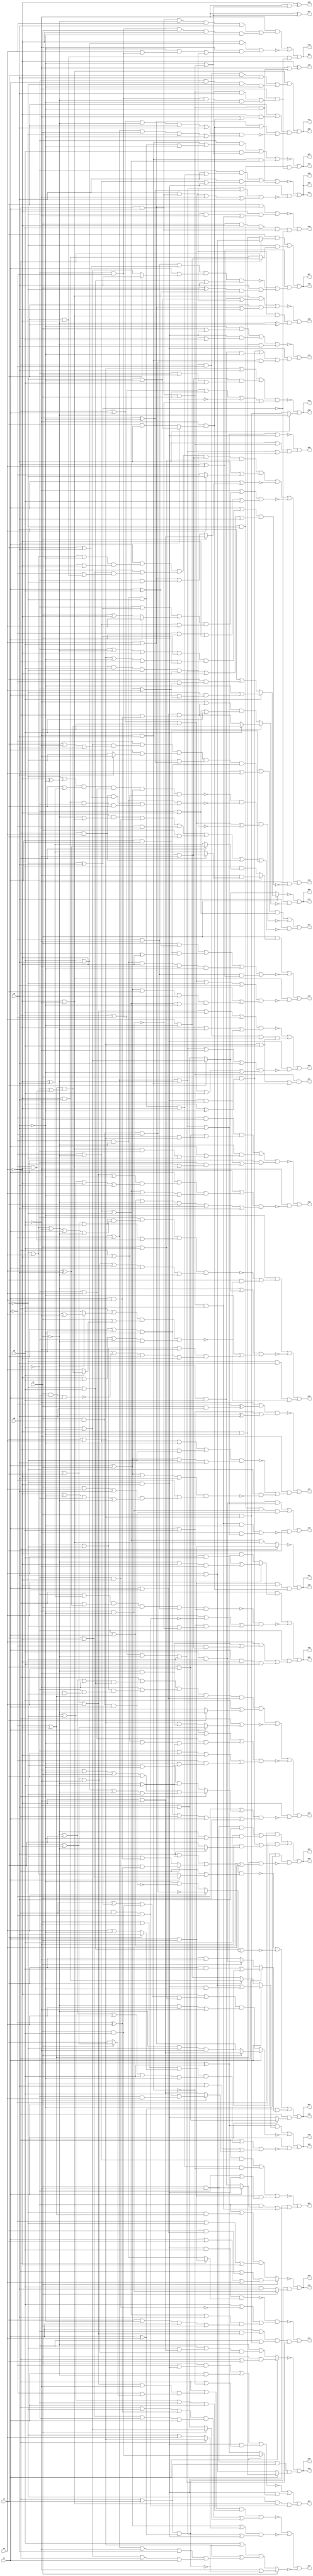
// Benchmark "q_6" written by ABC on Sat Feb 25 03:20:15 2023

module q_6 ( 
    x0, x1, x2, x3, x4, x5, x6,
    z00, z01, z02, z03, z04, z05, z06, z07, z08, z09, z10, z11, z12, z13,
    z14, z15, z16, z17, z18, z19, z20, z21, z22, z23, z24, z25, z26, z27,
    z28, z29, z30, z31, z32, z33, z34, z35, z36, z37, z38, z39, z40, z41,
    z42, z43, z44, z45, z46, z47, z48, z49  );
  input  x0, x1, x2, x3, x4, x5, x6;
  output z00, z01, z02, z03, z04, z05, z06, z07, z08, z09, z10, z11, z12, z13,
    z14, z15, z16, z17, z18, z19, z20, z21, z22, z23, z24, z25, z26, z27,
    z28, z29, z30, z31, z32, z33, z34, z35, z36, z37, z38, z39, z40, z41,
    z42, z43, z44, z45, z46, z47, z48, z49;
  wire n59, n60, n62, n63, n65, n66, n68, n69, n71, n72, n73, n74, n75, n76,
    n77, n79, n80, n81, n82, n84, n85, n86, n88, n89, n91, n92, n93, n94,
    n96, n98, n99, n100, n102, n103, n105, n106, n107, n109, n111, n112,
    n114, n115, n116, n117, n119, n120, n122, n123, n124, n125, n126, n127,
    n129, n130, n131, n132, n134, n135, n136, n137, n139, n140, n141, n142,
    n144, n145, n146, n147, n148, n149, n151, n152, n153, n154, n156, n157,
    n158, n160, n162, n166, n168, n170, n171, n173, n174, n175, n177, n180,
    n181;
  assign z00 = n60 & x2 & (x3 | x4 | x5 | n59);
  assign n59 = ~x5 & x6;
  assign n60 = x0 & x1;
  assign z01 = ~n63 | (x1 & x2 & ~x4 & n62);
  assign n62 = ~x5 & (x0 ? (~x3 & ~x6) : (x3 & x6));
  assign n63 = x0 ? (x1 & x2) : (~x1 | ~x2 | ~x3 | (~x4 & ~x5));
  assign z02 = ~n66 | (n65 & (x1 ? (~x4 & ~x6) : (x4 & x6)));
  assign n65 = x2 & ~x5 & (x0 ^ x3);
  assign n66 = x1 ? (x2 & (x0 | x3)) : (~x2 | ((~x0 | (~x3 & (~x4 | ~x5))) & (~x3 | ~x4 | ~x5)));
  assign z03 = ~n69 | (n68 & (x2 ? (~x5 & ~x6) : (x5 & x6)));
  assign n68 = (x0 ^ x3) & (x1 ^ x4);
  assign n69 = x2 ? ((x0 | (x3 & (x1 | x4))) & (x1 | x3 | x4)) : ((~x0 | (~x3 & (~x1 | ~x4))) & (~x1 | ~x3 | ~x4));
  assign z04 = ~n76 | ~n73 | n71 | n72;
  assign n71 = (x1 ^ x4) & (x0 ? ((x3 & x5) | (~x2 & ~x3 & ~x5)) : (x2 ? (~x3 & x5) : (x3 & ~x5)));
  assign n72 = x0 & (x1 ? (x3 & x4) : (~x3 & ~x4));
  assign n73 = ~x3 | x5 | (x4 ? ~n74 : (~x6 | ~n75));
  assign n74 = x2 & x0 & ~x1;
  assign n75 = x2 & x0 & x1;
  assign n76 = (x6 | n77 | (x0 ? (x3 | (~x1 ^ x4)) : (~x3 | (x1 & x4)))) & (x0 | (x1 ? (x3 | ~x4) : (~x3 | x4)));
  assign n77 = ~x2 ^ x5;
  assign z05 = n80 | ~n81 | (x1 & ~n79);
  assign n79 = (x0 | ((x2 | ~x5 | (x3 ? x6 : (x4 | ~x6))) & (~x2 | x3 | x4 | x5 | ~x6))) & (~x3 | x6 | (x2 ? (x5 | (~x0 & x4)) : (~x4 | ~x5)));
  assign n80 = (x2 ^ x5) & (x1 ? ((x4 & x6) | (~x3 & ~x4 & ~x6)) : (x3 ? (~x4 & x6) : (x4 & ~x6)));
  assign n81 = x1 ? (x2 ? (~x4 | ~x5) : (x4 | x5)) : ((~x4 | ((x0 | n82 | (x2 & x5)) & (x2 | x5))) & (~x2 | x4 | ~x5));
  assign n82 = ~x3 ^ x6;
  assign z06 = ~n85 | (~n82 & ~n84);
  assign n84 = x2 ? (x5 ? ((~x1 | ~x4) & (~x0 | (~x1 & ~x4))) : ((x1 | x4) & (x0 | (x1 & x4)))) : ((~x5 | ((x1 | x4) & (x0 | (x1 & x4)))) & (~x0 | ~x4 | x5));
  assign n85 = x2 ? (x5 ? (~x6 | (~x3 & (x1 | n86))) : (x6 | (x3 & (~x1 | n86)))) : (x3 ? (x5 | ~x6) : (~x5 | x6));
  assign n86 = ~x0 ^ x4;
  assign z07 = (x3 & (x0 ? (x4 & x6) : (~x4 & ~x6))) | (~x3 & (x0 ? (x4 & ~x6) : (~x4 & x6))) | ((x0 ^ x4) & (~n88 | (x6 & n89)));
  assign n88 = (~x1 | ~x5 | (x3 ^ x6)) & (x1 | (x3 ? x6 : (x5 | ~x6))) & (~x3 | x5 | x6);
  assign n89 = (x2 ^ ~x3) & (x1 ^ x5);
  assign z08 = (x0 & (x1 ? ((x4 & x5) | (~x2 & ~x4 & ~x5)) : (~x4 & (x2 ^ x5)))) | ~n91 | (~x0 & ((x4 & ((~x2 & ~x5) | (~x1 & (~x2 | ~x5)))) | (x1 & ~x4 & x5)));
  assign n91 = ~n93 & (x4 | ~n94 | (~n59 & (~x3 | ~n92)));
  assign n92 = ~x5 & ~x6;
  assign n93 = (~x0 | (~x4 ^ x6)) & (x0 | (x4 ^ x6)) & x2 & (~x1 | ~x5) & (x1 | x5);
  assign n94 = ~x2 & x0 & ~x1;
  assign z09 = (~x1 & ((x2 & ~x5 & x6) | (x5 & (~x2 | ~x6)))) | (x1 & ((x2 & (x5 ^ ~x6)) | (~x5 & (x6 ? ~x2 : x3)))) | (~x2 & ~x3 & ~x5 & ~x6 & ~n96);
  assign n96 = (~x1 | ~x4) & (~x0 | x1 | x4);
  assign z10 = ~n98 | (x6 ? ~x2 : (x2 & (x3 | x4)));
  assign n98 = n100 & (x0 | ~x1 | x2 | ~n99 | ~n92);
  assign n99 = ~x3 & ~x4;
  assign n100 = x3 | x4 | x6 | ((~x2 | ~x5) & (~x0 | x2 | x5));
  assign z11 = n103 | ((x3 | (~x4 & (~x5 | n62))) & (x4 | x5 | n62 | ~n102));
  assign n102 = (x0 | x1 | ~x2 | x3 | x6) & (~x0 | ~x1 | x2 | ~x3 | ~x6);
  assign n103 = ~x4 & ~x5 & ((x0 & ~x1 & x3 & x6) | (~x0 & x1 & ~x3 & ~x6));
  assign z12 = n106 | ~n105 | (x3 & ~x4 & n107);
  assign n105 = (~x4 & (x5 | x6)) | (~x5 & ((~x6 & (x4 | (~x0 & ~x1))) | (x0 & x1 & x6)));
  assign n106 = ~x5 & ((x0 & x1 & ~x2 & x4 & x6) | (~x0 & ~x1 & x2 & ~x4 & ~x6));
  assign n107 = ~x5 & ((x0 & x1 & x2 & x6) | (~x0 & ~x1 & ~x2 & ~x6));
  assign z13 = ~n109 | (~x3 & x4 & n107);
  assign n109 = (~x0 & ((~x5 & x6) | (~x1 & ~x2 & ~x3 & ~x6))) | (x5 & (~x6 | (x0 & x1 & x2))) | (~x5 & x6 & (~x1 | ~x2 | ~x3));
  assign z14 = ~n112 | (n99 & ~n111);
  assign n111 = (~x0 | ~x1 | ~x2 | (~x5 ^ ~x6)) & (x0 | x1 | x2 | ~x5 | x6);
  assign n112 = (~x0 & (x6 | (~x1 & ~x2 & ~x3 & ~x4))) | (x6 & (~x1 | ~x2 | (~x3 & ~x4))) | (x0 & x1 & x2 & ~x6);
  assign z15 = ~n114 | ((x1 | (~x0 & (x2 | x3 | x4))) & (~x0 | (x2 & (x3 | x4))) & (x0 | ~x1 | ~x2 | ~x3));
  assign n114 = ~n116 & (x5 | ~n115 | n117);
  assign n115 = ~x0 & ~x4;
  assign n116 = ~x3 & ~x4 & x5 & (x0 ? (x1 & x2) : (~x1 & ~x2));
  assign n117 = (~x1 | ~x2 | ~x3 | x6) & (x3 | ~x6 | x1 | x2);
  assign z16 = ~n120 | (~x5 & ~n119);
  assign n119 = (x0 | ((x1 | ((x2 | x3 | x4 | ~x6) & (~x2 | ~x3 | ~x4 | x6))) & (~x1 | ~x2 | ~x3 | x4 | ~x6))) & (~x0 | x1 | ~x2 | x3 | ~x4 | x6);
  assign n120 = (~x1 & x2 & ((x3 & x4) | (x0 & (x3 | x4)))) | (~x2 & (x1 | (~x4 & ~x5 & ~x0 & ~x3))) | (x1 & ((~x3 & ~x4 & ~x5) | (~x0 & (~x3 | (~x4 & ~x5)))));
  assign z17 = ~n125 | ~n122 | ~n123;
  assign n122 = (x1 | x2 | (x0 ? (x3 | x4) : (~x3 ^ x4))) & (~x0 | ~x1 | ~x2 | (~x3 & ~x4));
  assign n123 = x2 ? (~x5 | ~n68) : ((x5 | ~n68) & (x3 | x4 | n124));
  assign n124 = (~x0 | ~x1 | ~x5 | x6) & (x5 | ~x6 | x0 | x1);
  assign n125 = n127 & (n126 | (x2 ? (x5 | ~x6) : (~x5 | x6)));
  assign n126 = (x0 | ~x3 | (~x1 ^ x4)) & (x3 | ~x4 | ~x0 | x1);
  assign n127 = (x0 | ((x2 | x3 | x4 | ~x5) & (~x1 | (x2 ? (~x3 | ~x4) : x3)))) & (~x2 | ~x3 | ~x0 | x1);
  assign z18 = n130 | ~n131 | ~n132 | (~x4 & ~n129);
  assign n129 = (~x1 | (x0 ? ((~x5 | ~x6 | x2 | x3) & (x5 | x6 | ~x2 | ~x3)) : (~x3 | ~x6 | (~x2 ^ x5)))) & (x3 | x5 | ~x6 | x0 | x1 | x2);
  assign n130 = (x0 | ((~x2 | x3 | ~x5) & (~x3 | x5))) & (~x5 | ((x2 | ~x3) & (~x0 | (x2 & ~x3)))) & (~x1 | ~x4) & (x1 | x4) & (x5 | (x3 ? ~x2 : ~x0));
  assign n131 = x0 | (x1 ? (~x3 | ~x4) : (x3 | x4 | (~x2 & ~x5)));
  assign n132 = (x1 | ~x3 | ((~x0 | x4) & (x0 | ~x4 | ~x6 | n77))) & (~x0 | x3 | ~x4 | (~x1 & (~x6 | n77)));
  assign z19 = n135 | ~n136 | ~n137 | (~x5 & ~n134);
  assign n134 = (x1 | ((~x0 | ~x2 | ~x4 | (~x3 ^ x6)) & (x3 | x4 | ~x6 | x0 | x2))) & (x0 | ~x1 | ~x2 | ~x3 | ~x4 | x6);
  assign n135 = (x1 | ((~x3 | x4 | ~x6) & (~x4 | x6))) & (~x6 | ((x3 | ~x4) & (~x1 | (x3 & ~x4)))) & (~x2 | ~x5) & (x2 | x5) & (x6 | (x4 ? ~x3 : ~x1));
  assign n136 = x1 | (x2 ? (~x4 | ~x5) : (x4 | x5 | (~x0 & ~x3)));
  assign n137 = (~x5 | ((~x0 | n82 | (x1 ? x4 : (x2 | ~x4))) & (~x1 | ~x2 | x4))) & (~x1 | x2 | ~x4 | x5);
  assign z20 = (~x6 & (~n139 | (x3 & ~n140))) | ~n141 | (~x3 & x6 & ~n140);
  assign n139 = (~x0 | ((x2 | x3 | x5) & (~x3 | x4 | ~x5 | x1 | ~x2))) & (x2 | x3 | x5 | (~x1 & ~x4)) & (~x3 | ~x4 | ~x5 | x0 | x1 | ~x2);
  assign n140 = (x0 | (x2 ? (x4 | ~x5) : x5)) & (x2 | (x5 ? ((~x1 | ~x4) & (~x0 | (~x1 & ~x4))) : x4)) & (~x4 | x5 | ~x0 | ~x2);
  assign n141 = (~x2 | (x3 ? (x5 | ~x6) : (~x5 | x6))) & (~x6 | ((x2 | ~x3 | ~x5) & (x5 | ~n142 | x3 | ~x4)));
  assign n142 = x2 & ~x0 & x1;
  assign z21 = n145 | ~n146 | (x6 & ~n144);
  assign n144 = (~x3 & (~x2 | (~x4 & ~x5))) | (~x0 & ~x4) | (~x1 & ~x5) | (x2 & x3) | (x0 & x4) | (x1 & x5);
  assign n145 = (~x1 | ((x5 | ~x6) & (x3 | ~x5 | x6))) & (x1 | (x6 ? ~x5 : ~x3)) & (~x3 | (~x5 ^ ~x6)) & (x3 | x5 | ~x6) & (x0 | x4) & (~x0 | ~x4);
  assign n146 = ~n148 & ~n147 & (x0 | x1 | x2 | ~n149);
  assign n147 = ~x1 & ~x2 & ((x0 & x4 & (x3 ^ x6)) | (~x4 & x6 & ~x0 & x3));
  assign n148 = (~x3 | (~x4 ^ ~x6)) & (x3 | (~x4 ^ x6)) & (~x0 | x4) & (x1 | x2) & (x0 | ~x4);
  assign n149 = ~x6 & x5 & ~x3 & ~x4;
  assign z22 = n152 | ~n154 | (n151 & ~n153);
  assign n151 = ~x4 & ~x5;
  assign n152 = x2 & (x1 ? (~x5 & (x0 ? (x4 & ~x6) : (~x4 ^ x6))) : (x5 & (x0 ? (x4 ^ x6) : (~x4 ^ x6))));
  assign n153 = (x0 | x1 | x2 | ~x3 | x6) & (~x0 | ((x1 | x2 | x3 | x6) & (~x1 | ~x2 | ~x3 | ~x6)));
  assign n154 = (x2 & (x1 ^ x5)) | (x1 & x5 & (x0 ^ ~x4)) | (~x1 & ~x2 & ~x4 & ~x5 & ~x6) | ((~x1 | ~x5) & (x0 ^ x4));
  assign z23 = ~n158 | (~x5 & (~n156 | (~x3 & ~n157)));
  assign n156 = (~x1 | ~x2 | ~x6 | (x0 & ~x3)) & (x1 | x2 | ~x3 | x6);
  assign n157 = (x1 | x2 | ~x4 | x6) & (~x1 | ((x2 | x4 | x6) & (~x4 | ~x6 | ~x0 | ~x2)));
  assign n158 = (~x5 | (~x1 ^ (x2 & x6))) & (x1 | x5 | (~x2 ^ x6));
  assign z24 = ~n160 | (n99 & ((x2 & (x5 ^ ~x6)) | (~x2 & x5 & ~x6) | (~x5 & x6 & n74)));
  assign n160 = (~x6 & (x2 | (~x3 & ~x4))) | (~x3 & ~x4 & (x0 | x5)) | (~x2 & x6);
  assign z25 = ~n162 | (x6 & n60 & n151 & (~x2 ^ x3));
  assign n162 = (~x4 & ~x5 & ((~x3 & ~x6) | (x0 & x1 & x6))) | (x3 & (x4 | x5 | x6));
  assign z26 = ~x4 ^ (~x5 & (~x6 | (x0 & x1 & x2)));
  assign z27 = ~x5 ^ (~x6 | (x0 & x1 & x2));
  assign z28 = ~n166 | ((x6 | (x0 & x1 & x2)) & (~x0 | ~x1 | ~x2 | n149));
  assign n166 = ~x0 | ~x1 | ~x2 | x6 | (~x3 & ~x4);
  assign z43 = ~n168 | (n99 & ((~x0 & (x1 ? (x2 & ~x5) : (~x2 & x5))) | (x0 & x1 & x2 & x5)));
  assign n168 = (x0 & (~x1 | ~x2)) | (~x1 & ~x2 & ~x3 & ~x4 & ~n59) | (x1 & x2 & (~x0 | (~x3 & ~x4)));
  assign z44 = ~n171 | n170 | (~x3 & n151 & n94);
  assign n170 = ~x3 & ~x4 & (x1 ? (x2 & x5) : (x2 ^ x5));
  assign n171 = (x2 & (~x1 | (~x3 & ~x4))) | (x1 & ~x2) | (~x3 & ~x4 & (x0 | ~n59));
  assign z45 = ~n173 | n174 | (n99 & ~n175);
  assign n173 = (x2 | x3 | x4 | x5 | (~x0 & ~x1)) & (x0 | ~x2 | (~x3 & ~x4 & ~x5));
  assign n174 = x0 & ~x1 & x2 & (x3 | x4 | x5);
  assign n175 = (~x0 | ~x1 | ~x2 | ~x5 | x6) & (x0 | x1 | x2 | x5 | ~x6);
  assign z46 = ~n177 | (x2 & ~x4 & x5 & n60 & ~n82);
  assign n177 = (x3 & (x4 | x5)) | (~x4 & ((~x3 & ~x5) | (x0 & x1 & x2 & x5)));
  assign z47 = ~x4 ^ (~x5 | (x0 & x1 & x2 & ~x6));
  assign z48 = n181 | (~x3 & x4 & n92 & n75) | (x3 & ~n180);
  assign n180 = (x0 & x1 & x2 & x5 & ~x6) | (~x5 & (~x0 | ~x1 | ~x2 | x6));
  assign n181 = x5 & ~x3 & (~x0 | ~x1 | ~x2 | x6);
  assign z29 = z01;
  assign z30 = z02;
  assign z31 = z03;
  assign z32 = ~n76 | ~n73 | n71 | n72;
  assign z33 = n80 | ~n81 | (x1 & ~n79);
  assign z34 = ~n85 | (~n82 & ~n84);
  assign z35 = z07;
  assign z36 = (x0 & (x1 ? ((x4 & x5) | (~x2 & ~x4 & ~x5)) : (~x4 & (x2 ^ x5)))) | ~n91 | (~x0 & ((x4 & ((~x2 & ~x5) | (~x1 & (~x2 | ~x5)))) | (x1 & ~x4 & x5)));
  assign z37 = z09;
  assign z38 = ~n98 | (x6 ? ~x2 : (x2 & (x3 | x4)));
  assign z39 = z11;
  assign z40 = z12;
  assign z41 = z13;
  assign z42 = z14;
  assign z49 = z14;
endmodule